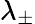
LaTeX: \lambda_{\pm}